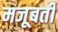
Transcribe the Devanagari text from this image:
मजूबती